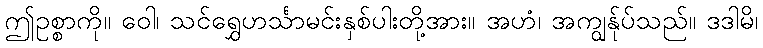
ဤဥစ္စာကို။ ဝေါ၊ သင်ရွှေဟင်္သာမင်းနှစ်ပါးတို့အား။ အဟံ၊ အကျွန်ုပ်သည်။ ဒဒါမိ၊